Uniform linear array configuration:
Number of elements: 16
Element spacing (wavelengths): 0.25
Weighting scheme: hann
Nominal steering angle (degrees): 0
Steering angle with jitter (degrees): -0.5395
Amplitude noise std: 0.05
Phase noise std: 0.05

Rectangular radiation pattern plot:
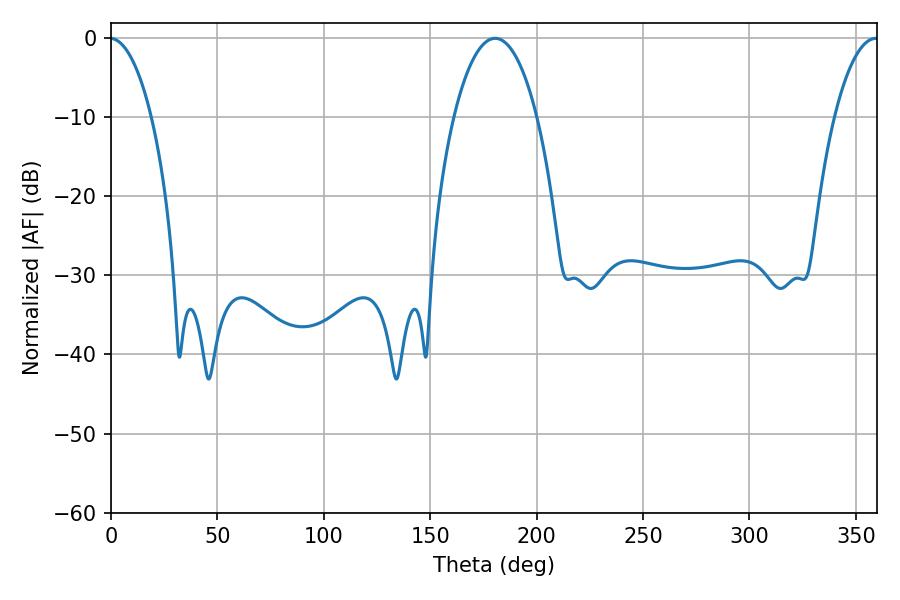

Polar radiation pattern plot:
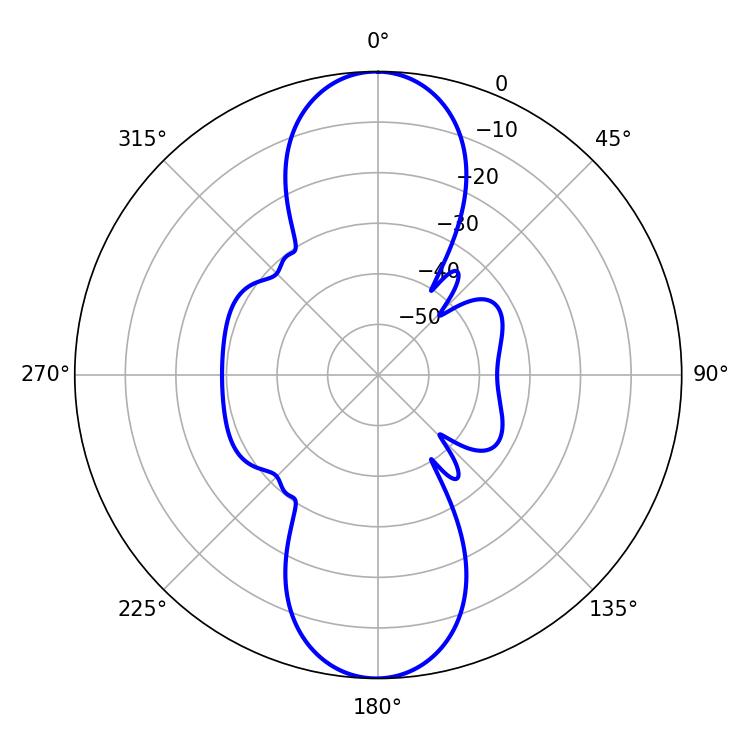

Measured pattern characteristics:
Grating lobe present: FALSE
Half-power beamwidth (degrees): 21.96
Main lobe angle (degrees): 180.54